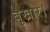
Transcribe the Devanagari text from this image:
बुखार।